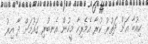
ކިއުބާ އަށް ދަތުރު ކުރާ އެމެރިކާ މީހުން އެނބުރި ގައުމަށް ދާ އިރު